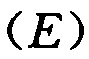
\((E)\)